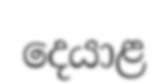
දෙයාළ